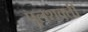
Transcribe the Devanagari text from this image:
पुलशक्ती